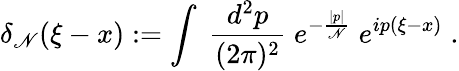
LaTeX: \delta_{\mathscr{N}}(\xi-x):=\int\; \frac{{d^{2}p}}{{(2\pi)^{2}}}\; e^{-\frac{{|p|}}{{\mathscr{N}}}}\; e^{ip(\xi-x)}\; .